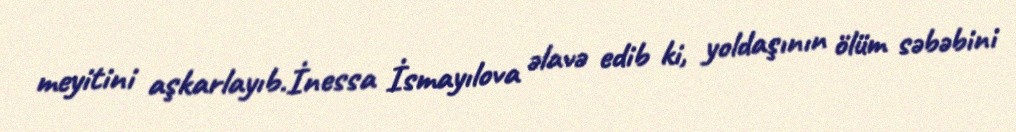
meyitini aşkarlayıb.İnessa İsmayılova əlavə edib ki, yoldaşının ölüm səbəbini